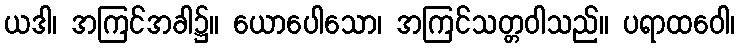
ယဒါ၊ အကြင်အခါ၌။ ယောပေါသော၊ အကြင်သတ္တဝါသည်။ ပရာထဝေါ၊